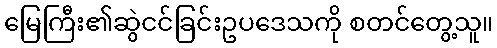
မြေကြီး၏ဆွဲငင်ခြင်းဥပဒေသကို စတင်တွေ့သူ။